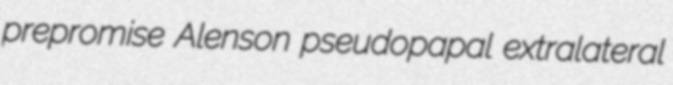
prepromise Alenson pseudopapal extralateral